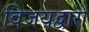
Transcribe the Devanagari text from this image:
विजयद्वारों